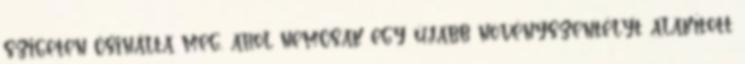
szigeten csinálta meg, ahol nemcsak egy újabb növényszentélyt alakított